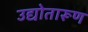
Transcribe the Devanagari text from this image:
उद्योतारूण